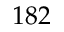
1 8 2